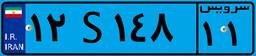
۶۵S۵۶۶۷۸